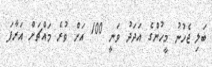
ބަލި ޖެހުނު މީހުންގެ އަދަދު ވަނީ 100 އަށް ވުރެ މައްޗަށް އަރާފަ